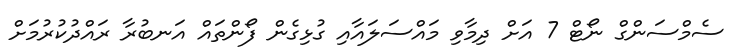
ސެމްސަންގް ނޯޓް 7 އަށް ދިމާވި މައްސަލައާއި ގުޅިގެން ފޯންތައް އަނބުރާ ރައްދުކުރުމަށް